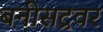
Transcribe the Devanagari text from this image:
बनीसद्रवर